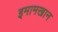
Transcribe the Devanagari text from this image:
इमामखान